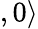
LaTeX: ,0\rangle